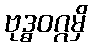
ဗုဒ္ဓဝဂ္ဂမှိ